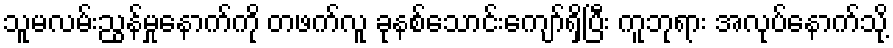
သူမလမ်းညွန်မှုနောက်ကို တဖက်လူ ခုနစ်သောင်းကျော်ရှိပြီး ကူဘုရား အလုပ်နောက်သို့